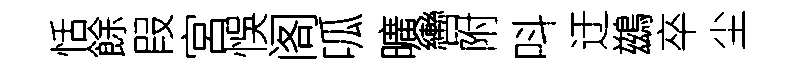
恬餘叚宮悞阁呱曠轡附呌迂鷀卒尘